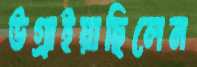
উগ্‌রাইয়াছিলেন